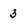
Character: 3